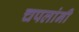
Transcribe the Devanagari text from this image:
चपलांनी